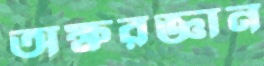
অক্ষরজ্ঞান